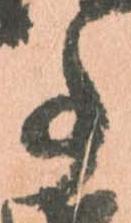
事